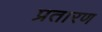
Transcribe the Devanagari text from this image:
प्रतारण